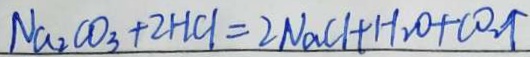
N a _ { 2 } C O _ { 3 } + 2 H C l = 2 N a C l + H _ { 2 } O + C O _ { 2 } \uparrow